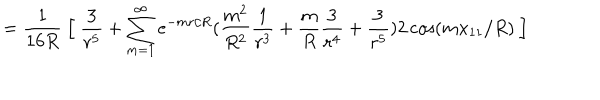
= \frac { 1 } { 1 6 R } \ \Big [ \ \frac { 3 } { r ^ { 5 } } + \sum _ { m = 1 } ^ { \infty } e ^ { - m r / R } ( \frac { m ^ { 2 } } { R ^ { 2 } } \frac { 1 } { r ^ { 3 } } + \frac { m } { R } \frac { 3 } { r ^ { 4 } } + \frac { 3 } { r ^ { 5 } } ) 2 \cos ( m x _ { 1 1 } / R ) ~ \Big ]